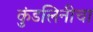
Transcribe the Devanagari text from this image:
कुंडलिनीचा